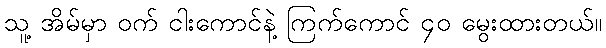
သူ့ အိမ်မှာ ဝက် ငါးကောင်နဲ့ ကြက်ကောင် ၄၀ မွေးထားတယ်။